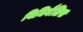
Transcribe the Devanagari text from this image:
विमिनैलिस